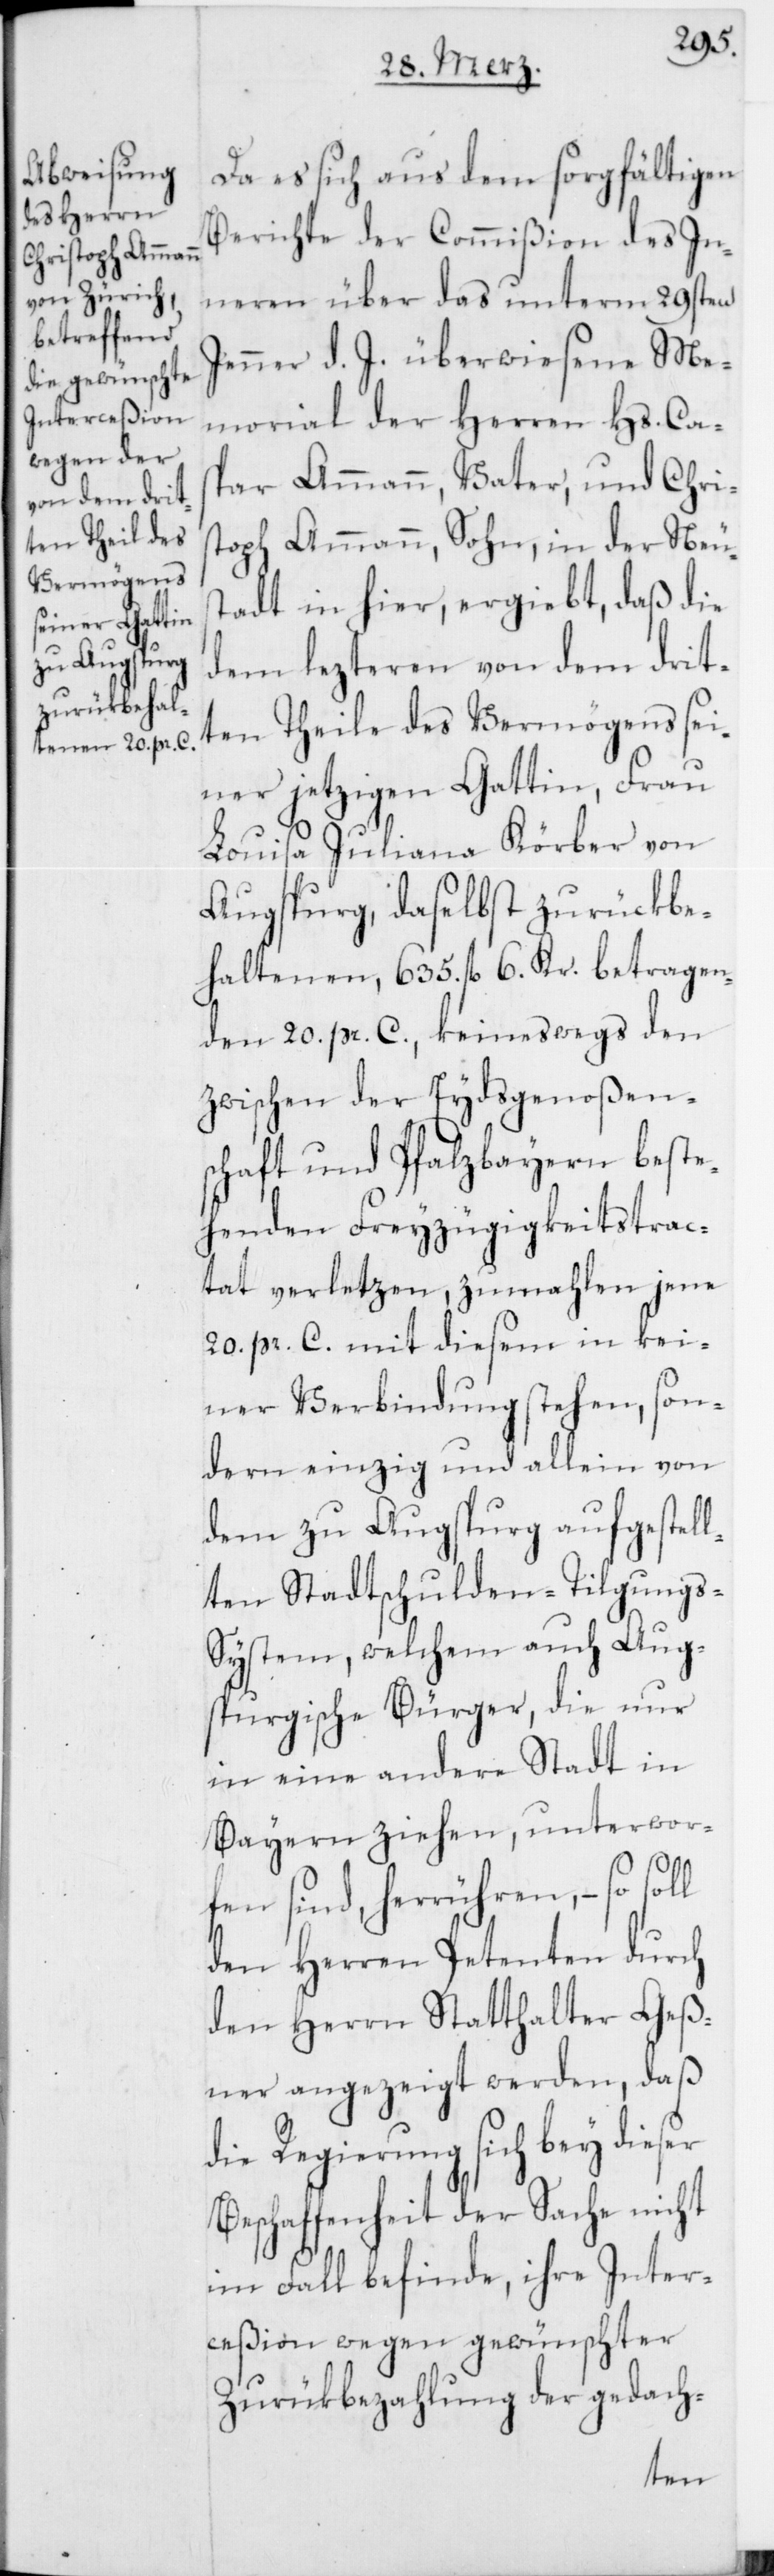
Da es sich aus dem sorgfältigen
Berichte der Commißion des In¬
neren über das unterm 29sten
Jenner d. J. überwiesene Me¬
morial der Herren Hs. Cas¬
par Ammann, Vater, und Chris¬
toph Ammann, Sohn, in der Neus¬
tadt in hier, ergiebt, daß die
dem lezteren von dem drit¬
ten Theile des Vermögens sei¬
ner jetzigen Gattin, Frau
Louisa Juliana Körber von
Augsburg, daselbst zurückbe¬
haltenen, 635. fl. 6. Kr. betragen¬
den 20. pr. C., keineswegs den
zwischen der Eydsgenoßens¬
chaft und Pfalzbayern beste¬
henden Freyzügigkeitstrac¬
tat verletzen, zumahlen jene
20. pr. C. mit diesem in kei¬
ner Verbindung stehen, son¬
dern einzig und allein von
dem zu Augsburg aufgestell¬
ten Stadtschulden-Tilgungs-S¬
ystem, welchem auch Aug¬
sburgische Bürger, die nur
in eine andere Stadt in
Bayern ziehen, unterwor¬
fen sind, herrühren, – so soll
den Herren Petenten durch
den Herrn Statthalter Geß¬
ner angezeigt werden, daß
die Regierung sich bey dieser
Beschaffenheit der Sache nicht
im Fall befinde, ihre Inter¬
ceßion wegen gewünschter
Zurükbezahlung der gedach-